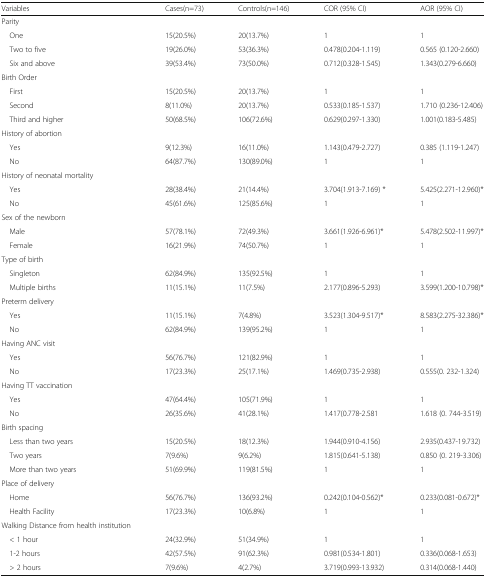
<table><thead><tr><td><b>Variables</b></td><td><b>Cases(n=73)</b></td><td><b>Controls(n=146)</b></td><td><b>COR (95% CI)</b></td><td><b>AOR (95% CI)</b></td></tr></thead><tbody><tr><td>Parity</td><td></td><td></td><td></td><td></td></tr><tr><td> One</td><td>15(20.5%)</td><td>20(13.7%)</td><td>1</td><td>1</td></tr><tr><td> Two to five</td><td>19(26.0%)</td><td>53(36.3%)</td><td>0.478(0.204-1.119)</td><td>0.565 (0.120-2.660)</td></tr><tr><td> Six and above</td><td>39(53.4%)</td><td>73(50.0%)</td><td>0.712(0.328-1.545)</td><td>1.343(0.279-6.660)</td></tr><tr><td>Birth Order</td><td></td><td></td><td></td><td></td></tr><tr><td> First</td><td>15(20.5%)</td><td>20(13.7%)</td><td>1</td><td>1</td></tr><tr><td> Second</td><td>8(11.0%)</td><td>20(13.7%)</td><td>0.533(0.185-1.537)</td><td>1.710 (0.236-12.406)</td></tr><tr><td> Third and higher</td><td>50(68.5%)</td><td>106(72.6%)</td><td>0.629(0.297-1.330)</td><td>1.001(0.183-5.485)</td></tr><tr><td>History of abortion</td><td></td><td></td><td></td><td></td></tr><tr><td> Yes</td><td>9(12.3%)</td><td>16(11.0%)</td><td>1.143(0.479-2.727)</td><td>0.385 (1.119-1.247)</td></tr><tr><td> No</td><td>64(87.7%)</td><td>130(89.0%)</td><td>1</td><td>1</td></tr><tr><td>History of neonatal mortality</td><td></td><td></td><td></td><td></td></tr><tr><td> Yes</td><td>28(38.4%)</td><td>21(14.4%)</td><td>3.704(1.913-7.169) *</td><td>5.425(2.271-12.960)*</td></tr><tr><td> No</td><td>45(61.6%)</td><td>125(85.6%)</td><td>1</td><td>1</td></tr><tr><td>Sex of the newborn</td><td></td><td></td><td></td><td></td></tr><tr><td> Male</td><td>57(78.1%)</td><td>72(49.3%)</td><td>3.661(1.926-6.961)*</td><td>5.478(2.502-11.997)*</td></tr><tr><td> Female</td><td>16(21.9%)</td><td>74(50.7%)</td><td>1</td><td>1</td></tr><tr><td>Type of birth</td><td></td><td></td><td></td><td></td></tr><tr><td> Singleton</td><td>62(84.9%)</td><td>135(92.5%)</td><td>1</td><td>1</td></tr><tr><td> Multiple births</td><td>11(15.1%)</td><td>11(7.5%)</td><td>2.177(0.896-5.293)</td><td>3.599(1.200-10.798)*</td></tr><tr><td>Preterm delivery</td><td></td><td></td><td></td><td></td></tr><tr><td> Yes</td><td>11(15.1%)</td><td>7(4.8%)</td><td>3.523(1.304-9.517)*</td><td>8.583(2.275-32.386)*</td></tr><tr><td> No</td><td>62(84.9%)</td><td>139(95.2%)</td><td>1</td><td>1</td></tr><tr><td>Having ANC visit</td><td></td><td></td><td></td><td></td></tr><tr><td> Yes</td><td>56(76.7%)</td><td>121(82.9%)</td><td>1</td><td>1</td></tr><tr><td> No</td><td>17(23.3%)</td><td>25(17.1%)</td><td>1.469(0.735-2.938)</td><td>0.555(0. 232-1.324)</td></tr><tr><td>Having TT vaccination</td><td></td><td></td><td></td><td></td></tr><tr><td> Yes</td><td>47(64.4%)</td><td>105(71.9%)</td><td>1</td><td>1</td></tr><tr><td> No</td><td>26(35.6%)</td><td>41(28.1%)</td><td>1.417(0.778-2.581</td><td>1.618 (0. 744-3.519)</td></tr><tr><td>Birth spacing</td><td></td><td></td><td></td><td></td></tr><tr><td> Less than two years</td><td>15(20.5%)</td><td>18(12.3%)</td><td>1.944(0.910-4.156)</td><td>2.935(0.437-19.732)</td></tr><tr><td> Two years</td><td>7(9.6%)</td><td>9(6.2%)</td><td>1.815(0.641-5.138)</td><td>0.850 (0. 219-3.306)</td></tr><tr><td> More than two years</td><td>51(69.9%)</td><td>119(81.5%)</td><td>1</td><td>1</td></tr><tr><td>Place of delivery</td><td></td><td></td><td></td><td></td></tr><tr><td> Home</td><td>56(76.7%)</td><td>136(93.2%)</td><td>0.242(0.104-0.562)*</td><td>0.233(0.081-0.672)*</td></tr><tr><td> Health Facility</td><td>17(23.3%)</td><td>10(6.8%)</td><td>1</td><td>1</td></tr><tr><td>Walking Distance from health institution</td><td></td><td></td><td></td><td></td></tr><tr><td> &lt; 1 hour</td><td>24(32.9%)</td><td>51(34.9%)</td><td>1</td><td>1</td></tr><tr><td> 1-2 hours</td><td>42(57.5%)</td><td>91(62.3%)</td><td>0.981(0.534-1.801)</td><td>0.336(0.068-1.653)</td></tr><tr><td> &gt; 2 hours</td><td>7(9.6%)</td><td>4(2.7%)</td><td>3.719(0.993-13.932)</td><td>0.314(0.068-1.440)</td></tr></tbody></table>